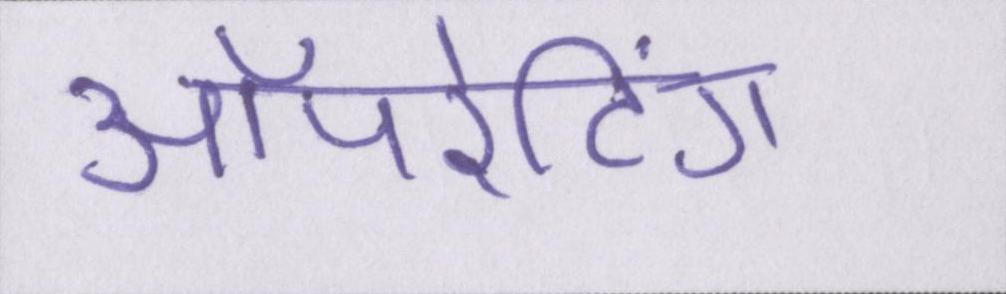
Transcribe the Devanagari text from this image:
ऑपरेटिंग